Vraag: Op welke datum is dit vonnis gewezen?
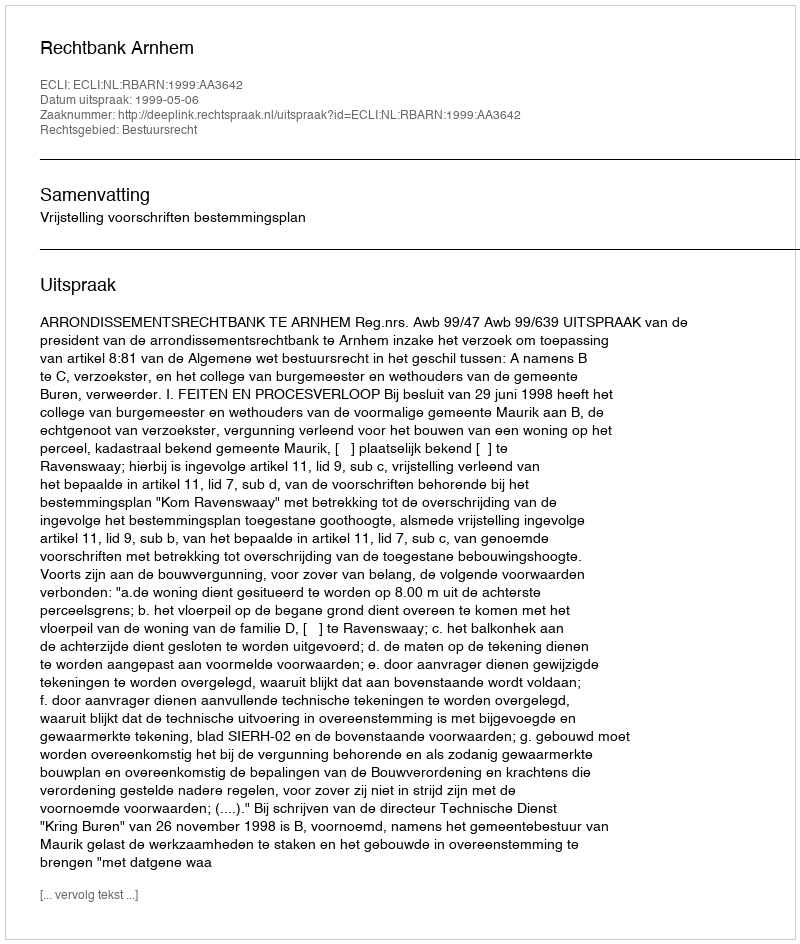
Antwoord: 1999-05-06